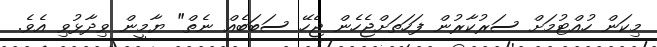
މިކަން ހުއްޓުމަށް ސަރުކާރުން ފަހަތަށްޖެހެން ޖެހޭ ސަބަބެއް ނެތް" ޔާމީން ވިދާޅުވި އެވެ.